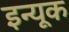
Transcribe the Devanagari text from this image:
इन्यूक